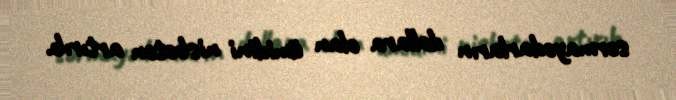
sərmayədarların dollara olan ümidini nisbətən artırıb.